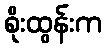
စိုးထွန်းက